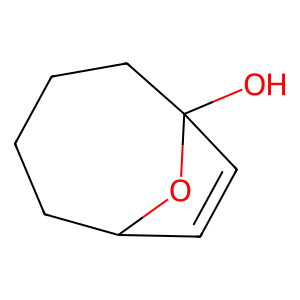
SMILES: OC12C=CC(CCCC1)O2
Inhibits HIV replication: No